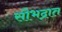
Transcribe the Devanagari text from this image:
सौभद्रात